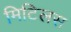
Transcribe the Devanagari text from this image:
मिटिलस